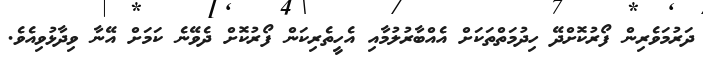
ދަރުމަވެރިން ފޯރުކޮށްދޭ ހިދުމަތްތަކަށް އެއްބާރުލުމާއި އެހީތެރިކަން ފޯރުކޮށް ދެވޭނެ ކަމަށް އޭނާ ވިދާޅުވިއެވެ.